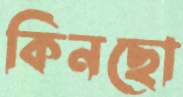
কিনছো